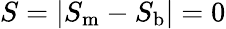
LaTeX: S=|S_{\mathrm{m}}-S_{\mathrm{b}}|=0